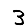
Digit: 3